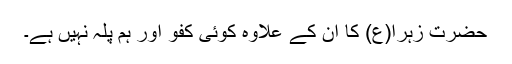
حضرت زہرا(ع) کا ان کے علاوہ کوئی کفو اور ہم پلہ نہیں ہے۔